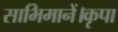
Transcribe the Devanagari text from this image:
साभिमानें।कृपा